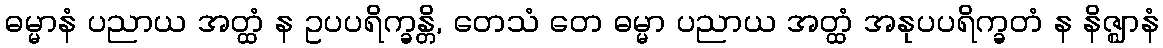
ဓမ္မာနံ ပညာယ အတ္ထံ န ဥပပရိက္ခန္တိ, တေသံ တေ ဓမ္မာ ပညာယ အတ္ထံ အနုပပရိက္ခတံ န နိဇ္ဈာနံ